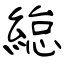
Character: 緿